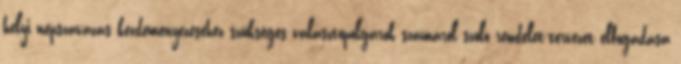
helyi népszavazás kezdeményezéséhez szükséges választópolgárok számáról szóló rendelet-tervezet elfogadása